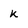
Character: k